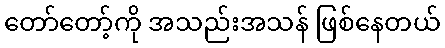
တော်တော့်ကို အသည်းအသန် ဖြစ်နေတယ်